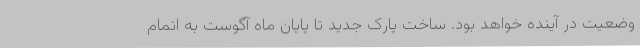
وضعیت در آینده خواهد بود. ساخت پارک جدید تا پایان ماه آگوست به اتمام